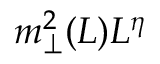
m _ { \perp } ^ { 2 } ( L ) L ^ { \eta }